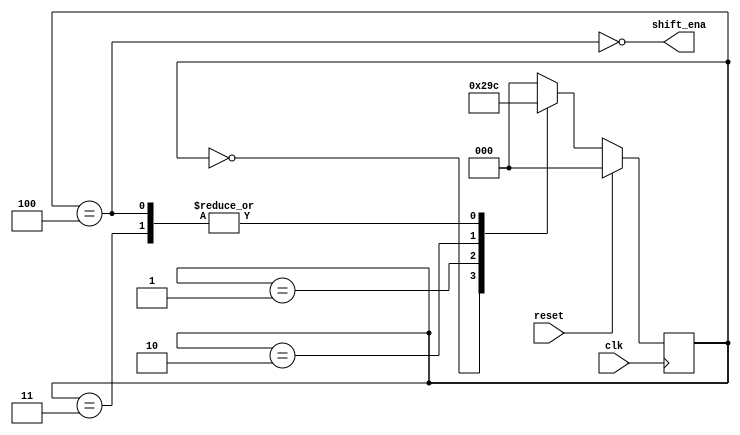
module top_module (
    input clk,
    input reset,      // Synchronous reset
    output shift_ena);
    parameter S0=3'd0,S1=3'd1,S2=3'd2;
    parameter S3=3'd3,S4=3'd4;
    
    reg [2:0]  state,next_state;
    
    always @(posedge clk) begin
        if(reset)  state<=S0;
        else	   state<=next_state;
    end
        
        always @(*) begin
            case(state)
                S0:	
                    next_state=reset?S0:S1;
                S1:
                    next_state=reset?S0:S2; 
                S2:
                    next_state=reset?S0:S3; 
                S3:
                    next_state=reset?S0:S4; 
                S4:
                    next_state=S4;         
                default:
                    next_state=S0;
            endcase
        end

        assign shift_ena=~(state==S4);

endmodule